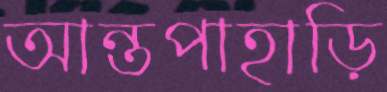
আন্তপাহাড়ি